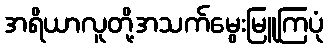
အရိယာလူတို့အသက်မွေးမြူကြပုံ